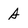
Character: A